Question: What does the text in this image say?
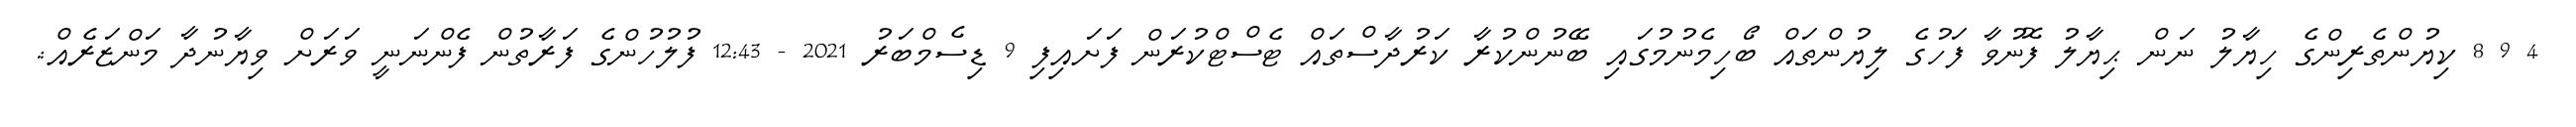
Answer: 4 9 8 ކިޔުންތެރިންގެ ހިޔާލު ނަން ޙިޔާލު ފޮނުވާ ފަހުގެ ލިޔުންތައް ބޯހިމެނުމުގައި ބޭނުންކުރާ ކަރުދާސްތައް ޓެސްޓްކުރަން ފަށައިފި 9 ޑިސެމްބަރު 2021 - 12:43 ފުލުހުންގެ ފަރާތުން ފެންނަނީ ވަރަށް ވިޔާނުދާ މަންޒަރެއް:.